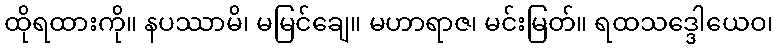
ထိုရထားကို။ နပဿာမိ၊ မမြင်ချေ။ မဟာရာဇ၊ မင်းမြတ်။ ရထသဒ္ဒေါယေဝ၊